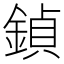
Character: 鍞